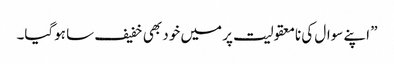
” اپنے سوال کی نامعقولیت پر میں خود بھی خفیف سا ہوگیا۔